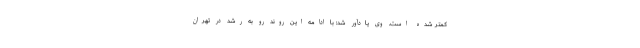
کمتر شده است. وی یادآور شد: با ادامه این روند رو به رشد در تهران